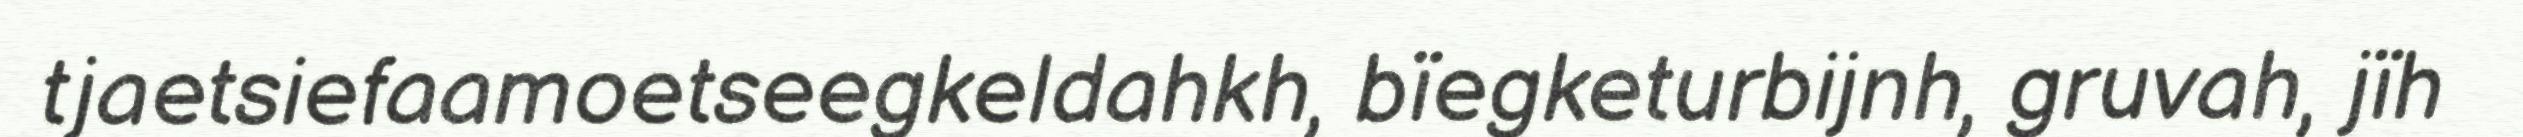
tjaetsiefaamoetseegkeldahkh, bïegketurbijnh, gruvah, jïh